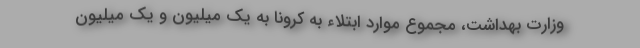
وزارت بهداشت، مجموع موارد ابتلاء به کرونا به یک میلیون و یک میلیون